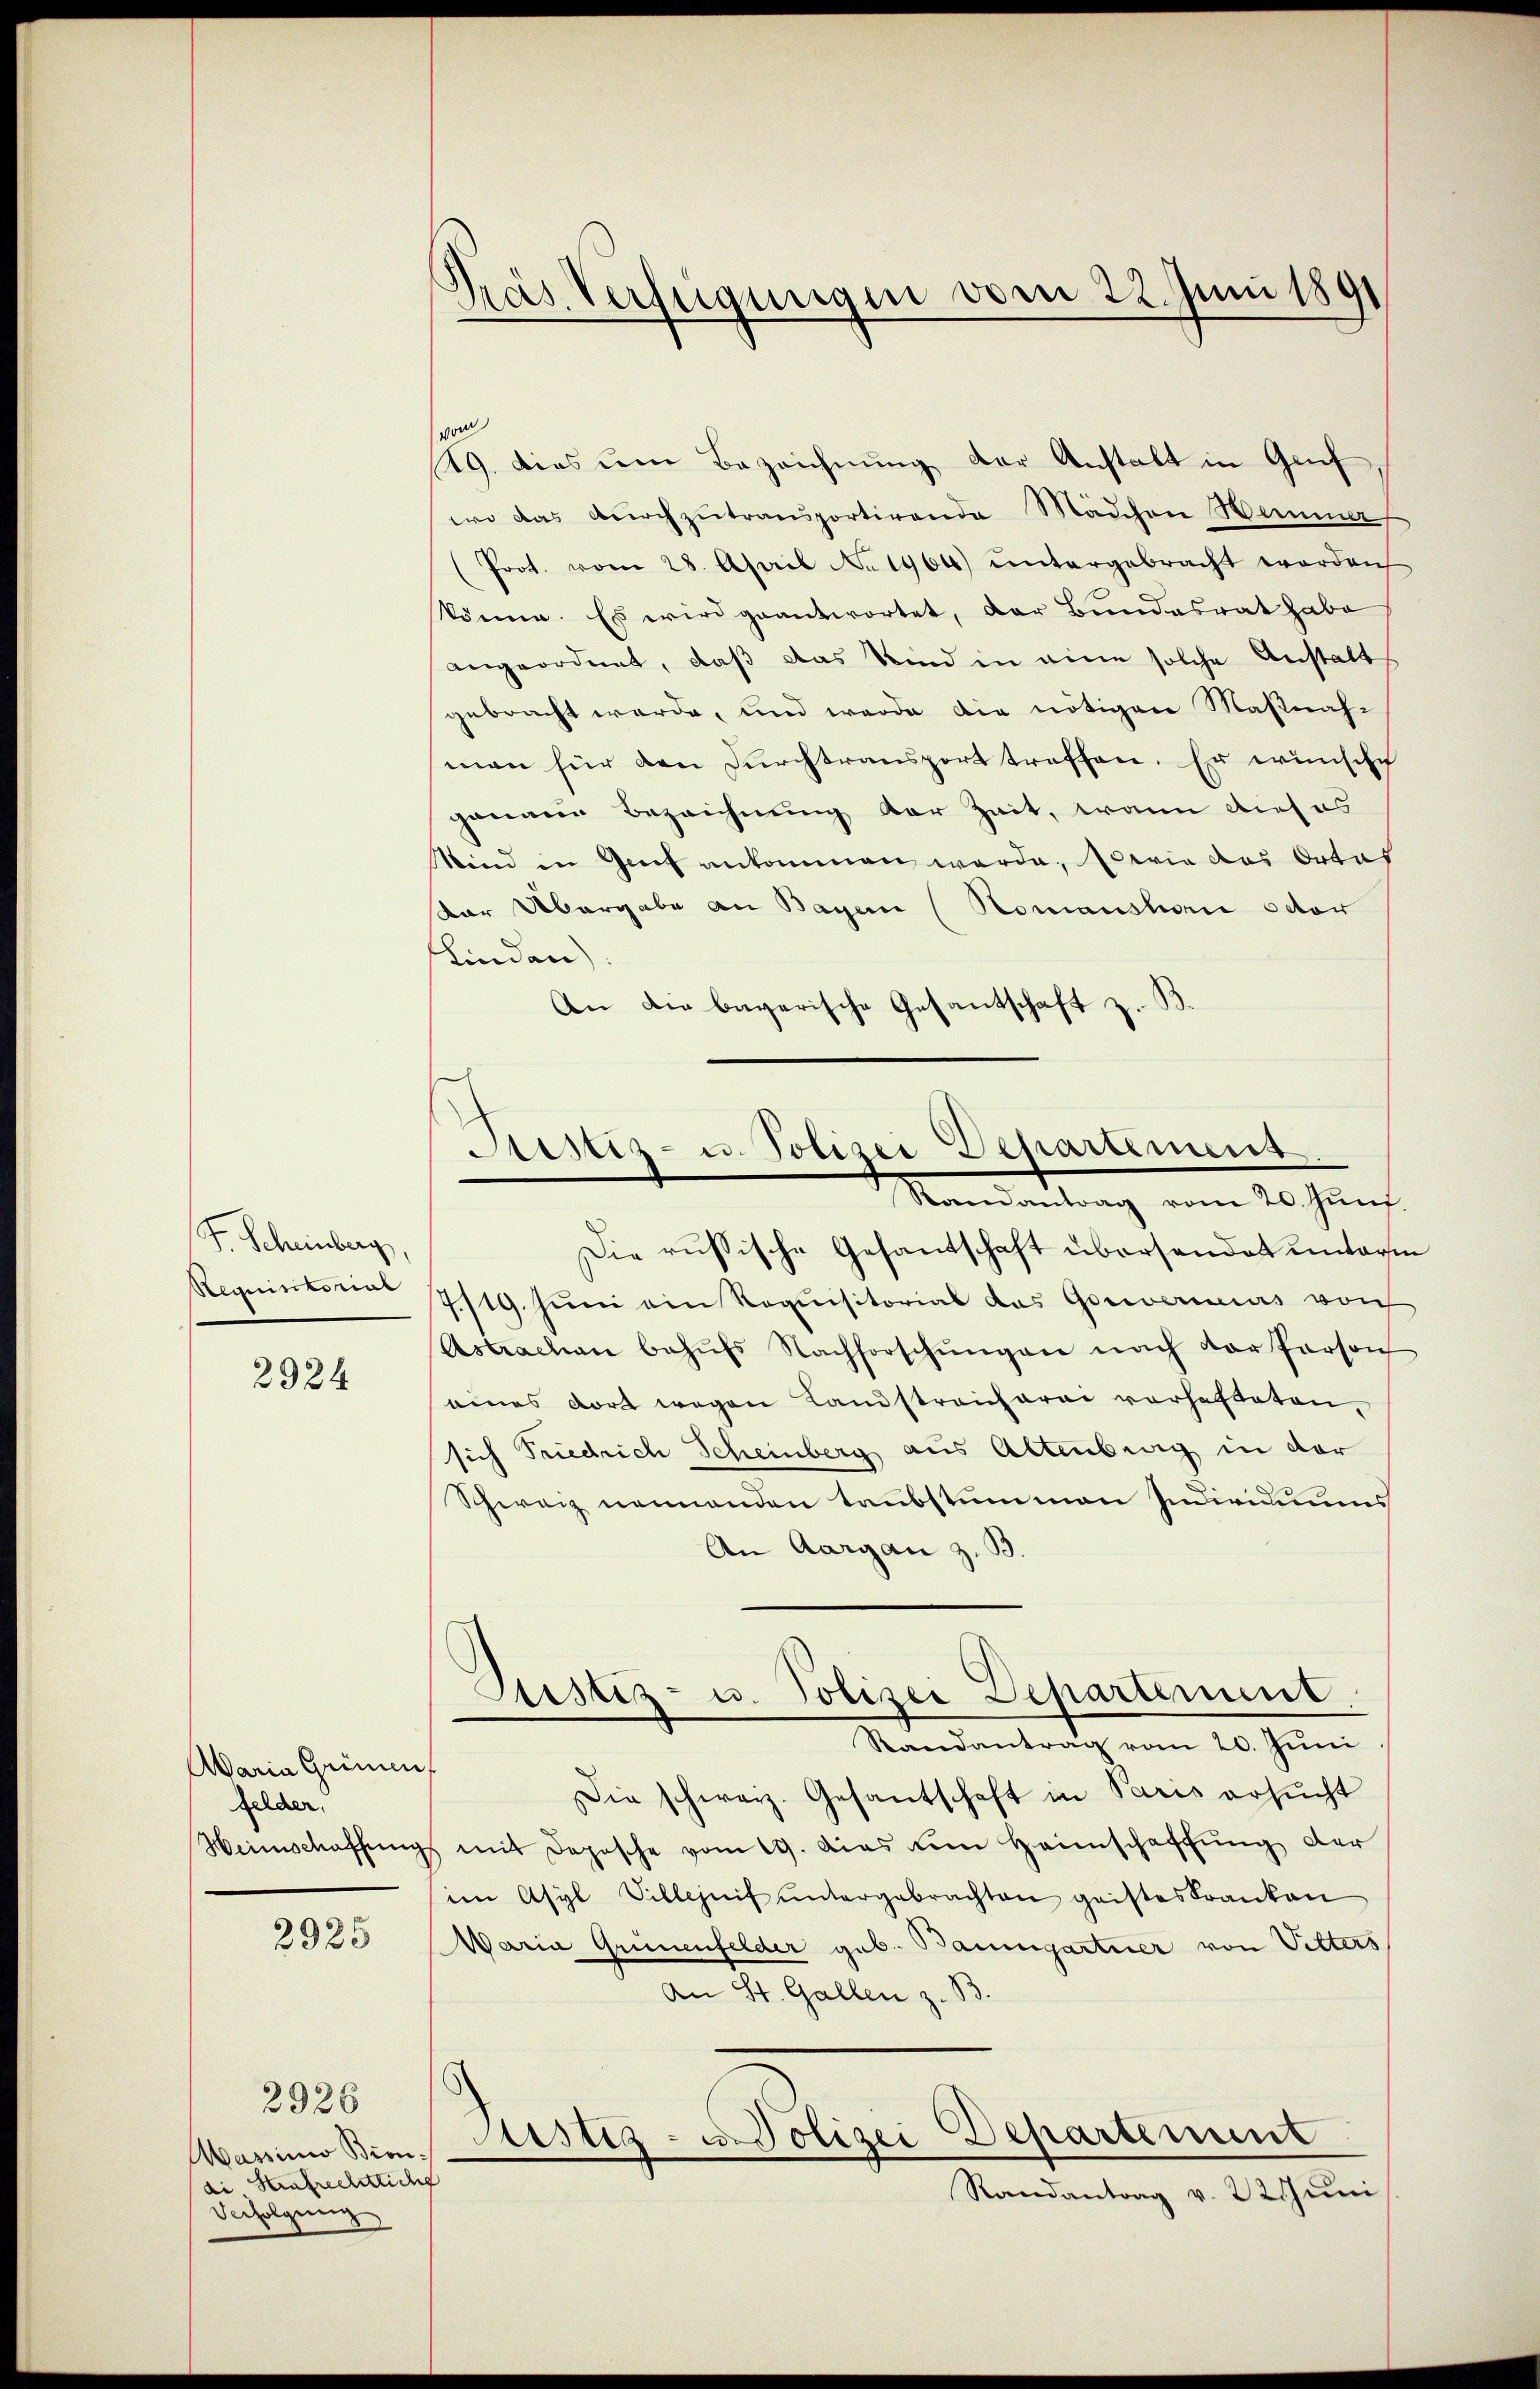
F. Scheinberg,

2924

Aaria Griment
Gelder.

2925

2926

Massinio Biondi, Strafrechtlich
Verfolgung

Pras Verfügungen vom 22. Juni 1891

vom
19. dies um Bezeichnung der Anstalt in Gruf
wo das durchzŭtransportirende Mädchen Hemma
(Prot. vom 28. April No 1964) ŭntergebracht worden
könne. Es wird geantwortet, der Bundesrat habe
angeordnet, daß das Kind in eine solche Anstalt
gebracht werde, und werde die nötigen Maßnahmen für den Durchtransport treffen. Er wünsche
genaue Bezeichnung der Zeit, wenn dieses
Sind in Genf ankommen werde, so wie das Ortes
ar Übergabe an Bayern (Romanshan octor
Kinden)
An die bagarische Gesantschaft z. B.

Sistiz- u. Polizei Departement
Randantrag vom 20. Juni

Die russische Gesandschaft übersandet unterm
Requinterm 7/19. Juni ein Requisitorial das Gouvernis von
Astrachen behŭfs Nachforschŭngen nach der Person
eines dort wegen Landstreicharei vorhafteten,
sich Friedrich Scheinberg aus Altenburg in der
Schweiz nennenden taubstummen Individuums
An Aargau z. B.
Justiz- u. Polizei Departement.
Randantrag vom 20. Juni
Die schweiz. Gesantschaft in Paris ersŭcht
Heimschaffŭngs mit Deposche vom 19. Das um Heimschaffŭng der
sien Asyl Villenif ŭntergebrachten geisteskranken
Waria Grünenfelder geb. Baumgartner von Pitters
An St. Gallen z. B.
Justiz- u. Polizei Departement
Randantrag v. 22 Juni